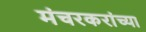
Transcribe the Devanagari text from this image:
मंचरकरांच्या